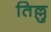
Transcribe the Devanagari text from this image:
तिल्लु